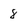
Character: 8